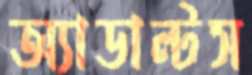
অ্যাডাল্টস